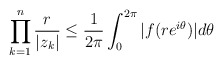
\begin{align*}\prod^{n}_{k=1}\frac{r}{|z_k|}\leq \frac{1}{2\pi}\int^{2\pi}_0|f(re^{i\theta})|d \theta\end{align*}